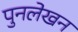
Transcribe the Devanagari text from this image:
पुनलेखन